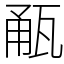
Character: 㼧